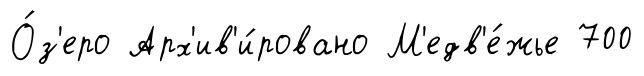
О́з'еро Арх'ив'и́ровано М'едв'е́жье 700